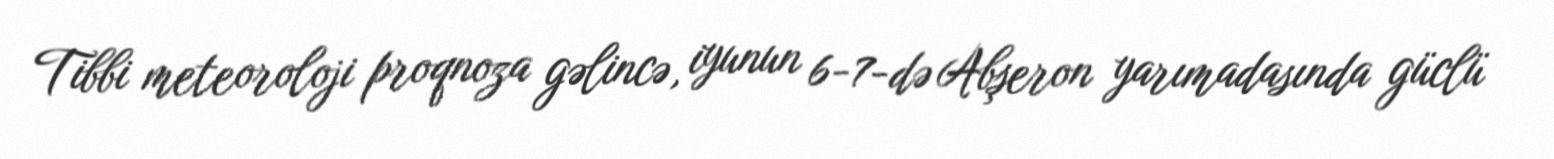
Tibbi meteoroloji proqnoza gəlincə, iyunun 6-7-də Abşeron yarımadasında güclü